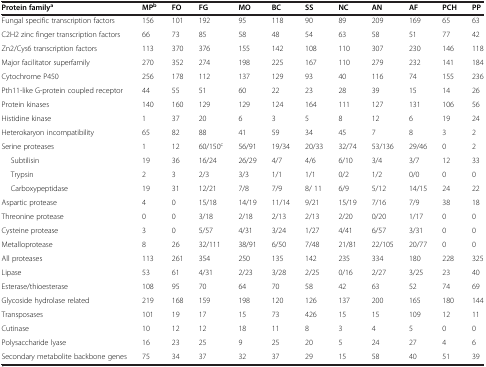
<table><thead><tr><td><b>Protein family<sup>a</sup></b></td><td><b>MP<sup>b</sup></b></td><td><b>FO</b></td><td><b>FG</b></td><td><b>MO</b></td><td><b>BC</b></td><td><b>SS</b></td><td><b>NC</b></td><td><b>AN</b></td><td><b>AF</b></td><td><b>PCH</b></td><td><b>PP</b></td></tr></thead><tbody><tr><td>Fungal specific transcription factors</td><td>156</td><td>101</td><td>192</td><td>95</td><td>118</td><td>90</td><td>89</td><td>209</td><td>169</td><td>65</td><td>63</td></tr><tr><td>C2H2 zinc finger transcription factors</td><td>66</td><td>73</td><td>85</td><td>58</td><td>48</td><td>54</td><td>63</td><td>58</td><td>51</td><td>77</td><td>42</td></tr><tr><td>Zn2/Cys6 transcription factors</td><td>113</td><td>370</td><td>376</td><td>155</td><td>142</td><td>108</td><td>110</td><td>307</td><td>230</td><td>146</td><td>118</td></tr><tr><td>Major facilitator superfamily</td><td>270</td><td>352</td><td>274</td><td>198</td><td>225</td><td>167</td><td>110</td><td>279</td><td>232</td><td>141</td><td>184</td></tr><tr><td>Cytochrome P450</td><td>256</td><td>178</td><td>112</td><td>137</td><td>129</td><td>93</td><td>40</td><td>116</td><td>74</td><td>155</td><td>236</td></tr><tr><td>Pth11-like G-protein coupled receptor</td><td>44</td><td>55</td><td>51</td><td>60</td><td>22</td><td>23</td><td>28</td><td>39</td><td>15</td><td>14</td><td>26</td></tr><tr><td>Protein kinases</td><td>140</td><td>160</td><td>129</td><td>129</td><td>124</td><td>164</td><td>111</td><td>127</td><td>131</td><td>106</td><td>56</td></tr><tr><td>Histidine kinase</td><td>1</td><td>37</td><td>20</td><td>6</td><td>3</td><td>5</td><td>8</td><td>12</td><td>6</td><td>19</td><td>24</td></tr><tr><td>Heterokaryon incompatibility</td><td>65</td><td>82</td><td>88</td><td>41</td><td>59</td><td>34</td><td>45</td><td>7</td><td>8</td><td>3</td><td>2</td></tr><tr><td>Serine proteases</td><td>1</td><td>12</td><td>60/150<sup>c</sup></td><td>56/91</td><td>19/34</td><td>20/33</td><td>32/74</td><td>53/136</td><td>29/46</td><td>0</td><td>2</td></tr><tr><td>Subtilisin</td><td>19</td><td>36</td><td>16/24</td><td>26/29</td><td>4/7</td><td>4/6</td><td>6/10</td><td>3/4</td><td>3/7</td><td>12</td><td>33</td></tr><tr><td>Trypsin</td><td>2</td><td>3</td><td>2/3</td><td>3/3</td><td>1/1</td><td>1/1</td><td>0/2</td><td>1/2</td><td>0/0</td><td>0</td><td>0</td></tr><tr><td>Carboxypeptidase</td><td>19</td><td>31</td><td>12/21</td><td>7/8</td><td>7/9</td><td>8/ 11</td><td>6/9</td><td>5/12</td><td>14/15</td><td>24</td><td>22</td></tr><tr><td>Aspartic protease</td><td>4</td><td>0</td><td>15/18</td><td>14/19</td><td>11/14</td><td>9/21</td><td>15/19</td><td>7/16</td><td>7/9</td><td>38</td><td>18</td></tr><tr><td>Threonine protease</td><td>0</td><td>0</td><td>3/18</td><td>2/18</td><td>2/13</td><td>2/13</td><td>2/20</td><td>0/20</td><td>1/17</td><td>0</td><td>0</td></tr><tr><td>Cysteine protease</td><td>3</td><td>0</td><td>5/57</td><td>4/31</td><td>3/24</td><td>1/27</td><td>4/41</td><td>6/57</td><td>3/31</td><td>0</td><td>0</td></tr><tr><td>Metalloprotease</td><td>8</td><td>26</td><td>32/111</td><td>38/91</td><td>6/50</td><td>7/48</td><td>21/81</td><td>22/105</td><td>20/77</td><td>0</td><td>0</td></tr><tr><td>All proteases</td><td>113</td><td>261</td><td>354</td><td>250</td><td>135</td><td>142</td><td>235</td><td>334</td><td>180</td><td>228</td><td>325</td></tr><tr><td>Lipase</td><td>53</td><td>61</td><td>4/31</td><td>2/23</td><td>3/28</td><td>2/25</td><td>0/16</td><td>2/27</td><td>3/25</td><td>23</td><td>40</td></tr><tr><td>Esterase/thioesterase</td><td>108</td><td>95</td><td>70</td><td>64</td><td>70</td><td>58</td><td>42</td><td>63</td><td>52</td><td>74</td><td>69</td></tr><tr><td>Glycoside hydrolase related</td><td>219</td><td>168</td><td>159</td><td>198</td><td>120</td><td>126</td><td>137</td><td>200</td><td>165</td><td>180</td><td>144</td></tr><tr><td>Transposases</td><td>101</td><td>19</td><td>17</td><td>15</td><td>73</td><td>426</td><td>15</td><td>15</td><td>109</td><td>12</td><td>11</td></tr><tr><td>Cutinase</td><td>10</td><td>12</td><td>12</td><td>18</td><td>11</td><td>8</td><td>3</td><td>4</td><td>5</td><td>0</td><td>0</td></tr><tr><td>Polysaccharide lyase</td><td>16</td><td>23</td><td>25</td><td>9</td><td>25</td><td>20</td><td>5</td><td>24</td><td>27</td><td>4</td><td>6</td></tr><tr><td>Secondary metabolite backbone genes</td><td>75</td><td>34</td><td>37</td><td>32</td><td>37</td><td>29</td><td>15</td><td>58</td><td>40</td><td>51</td><td>39</td></tr></tbody></table>